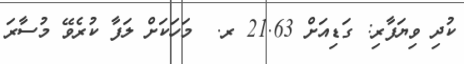
ކުދި ވިޔަފާރި: ގަޑިއަަށް 21.63 ރ.  މަހަކަށް ލަފާ ކުރެވޭ މުސާރަ